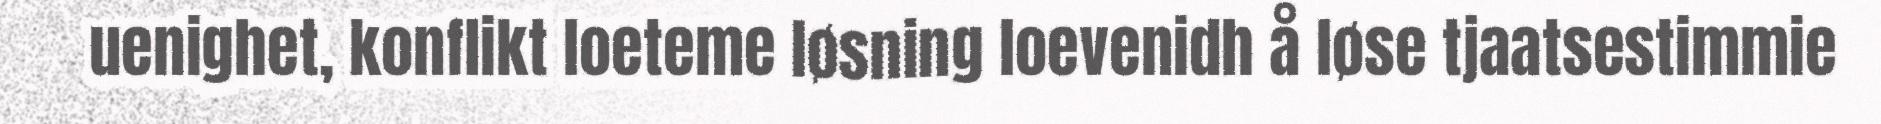
uenighet, konflikt loeteme løsning loevenidh å løse tjaatsestimmie